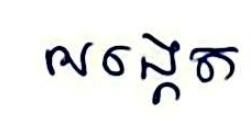
សង្កេត